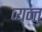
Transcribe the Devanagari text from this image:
व्यन्तु